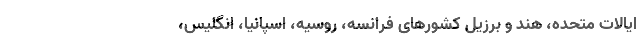
ایالات متحده، هند و برزیل کشور‌های فرانسه، روسیه، اسپانیا، انگلیس،